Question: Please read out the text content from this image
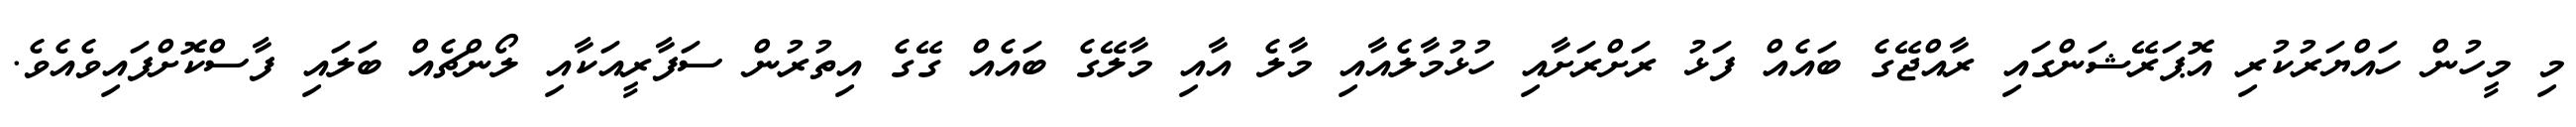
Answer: މި މީހުން ހައްޔަރުކުރި އޮޕަރޭޝަންގައި ރާއްޖޭގެ ބައެއް ފަޅު ރަށްރަށާއި ހުޅުމާލެއާއި މާލެ އާއި މާލޭގެ ބައެއް ގޭގެ އިތުރުން ސަފާރީއަކާއި ލޯންޗެއް ބަލައި ފާސްކޮށްފައިވެއެވެ.